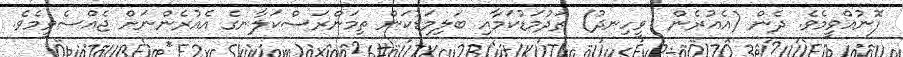
ފޮނުއްވީމެވެ. ދެން (އެއުރެން  ވީހިނދު) ތަދުމަޑުކަމާއި ބަލިމަޑުކަން ތިމަންރަސްކަލާނގެ އެއުރެންނަށް ޖެއްސެވީމެވެ.